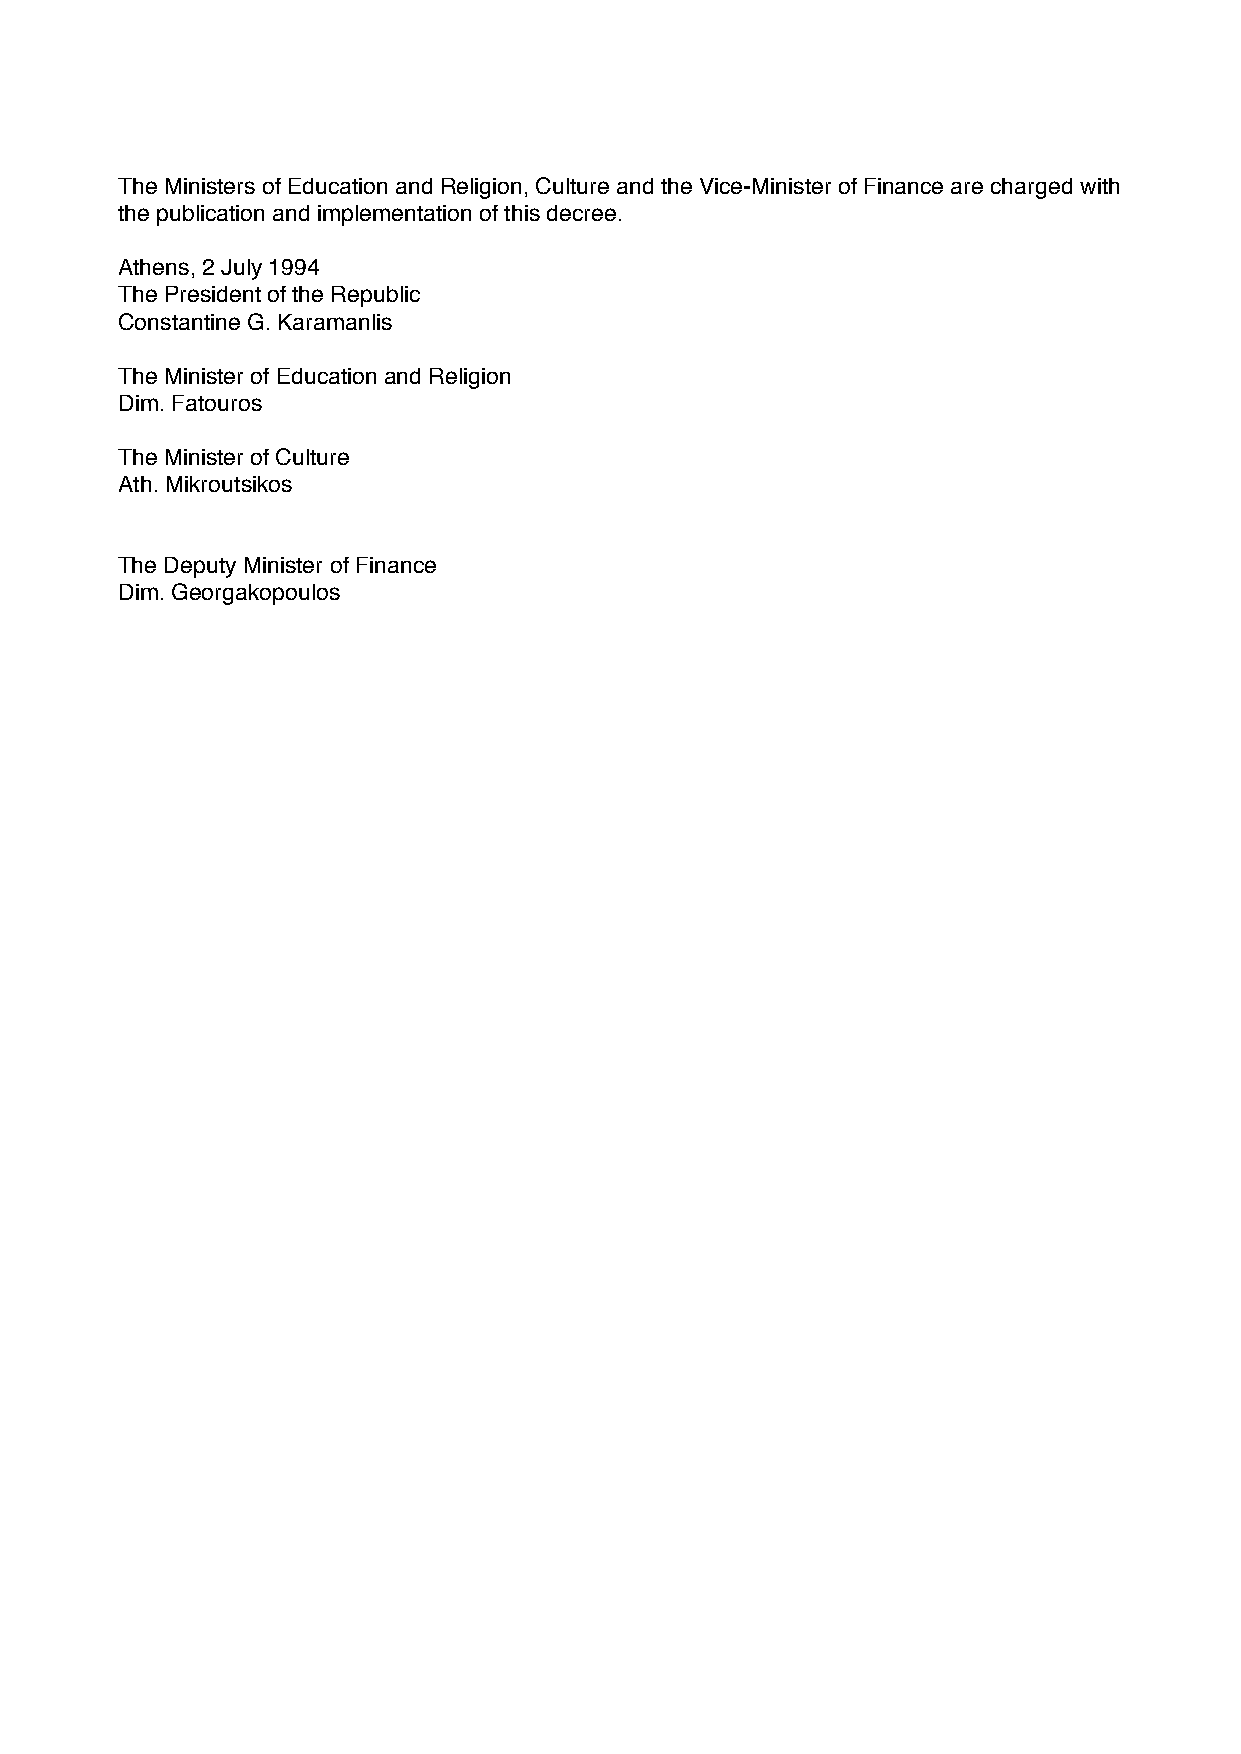
The Ministers of Education and Religion, Culture and the Vice-Minister of Finance are charged with
 the publication and implementation of this decree.
 Athens, 2 July 1994
 The President of the Republic
 Constantine G. Karamanlis
 The Minister of Education and Religion
 Dim. Fatouros
 The Minister of Culture
 Ath. Mikroutsikos
 The Deputy Minister of Finance
 Dim. Georgakopoulos